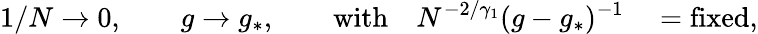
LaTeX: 1/N\rightarrow 0,\qquad g\rightarrow g_{*},\qquad\mathrm{with}\quad N^{-2/\gamma_{1}}(g-g_{*})^{-1}\quad=\mathrm{fixed,}